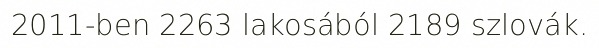
2011-ben 2263 lakosából 2189 szlovák.